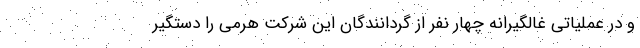
و در عملیاتی غالگیرانه چهار نفر از گردانندگان این شرکت هرمی را دستگیر